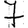
Digit: 7